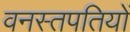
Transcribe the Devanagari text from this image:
वनस्तपतियों